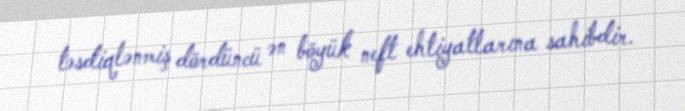
təsdiqlənmiş dördüncü ən böyük neft ehtiyatlarına sahibdir.